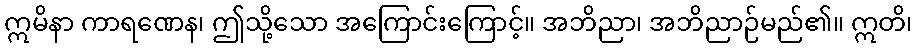
ဣမိနာ ကာရဏေန၊ ဤသို့သော အကြောင်းကြောင့်။ အဘိညာ၊ အဘိညာဉ်မည်၏။ ဣတိ၊